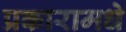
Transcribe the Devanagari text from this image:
प्रकारामधे